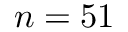
n = 5 1